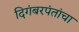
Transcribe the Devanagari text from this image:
दिगंबरपंतांचा